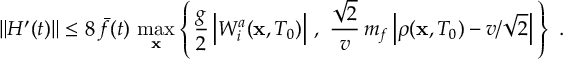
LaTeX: \Vert { \cal H } ^ { \prime } ( t ) \Vert \leq 8 \, \bar { f } ( t ) \, \operatorname * { m a x } _ { \bf x } \left\{ \, \frac { g } { 2 } \, \Bigl \vert W _ { i } ^ { a } ( { \bf x } , T _ { 0 } ) \Bigr \vert \ , \ \frac { \sqrt { 2 } } { v } \, m _ { f } \, \Bigl \vert \rho ( { \bf x } , T _ { 0 } ) - v / \sqrt { 2 } \Bigr \vert \, \right\} \ .